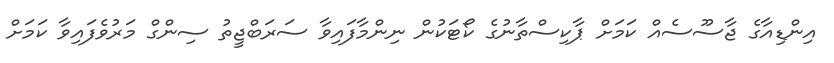
އިންޑިއާގެ ޖާސޫސެއް ކަމަށް ޕާކިސްތާނުގެ ކޯޓަކުން ނިންމާފައިވާ ސަރަބްޖީތު ސިންގް މަރުވެފައިވާ ކަމަށް